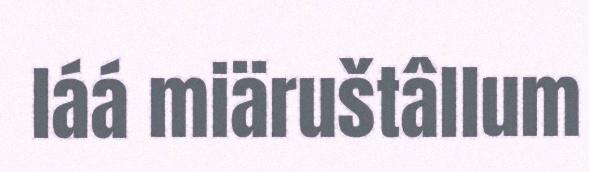
láá miäruštâllum